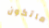
ماتكون